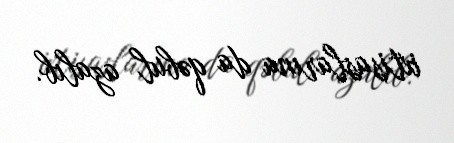
ixtisaslarına da qəbul azalıb.